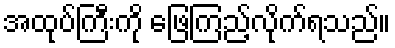
အထုပ်ကြီးကို ဖြေကြည့်လိုက်ရသည်။